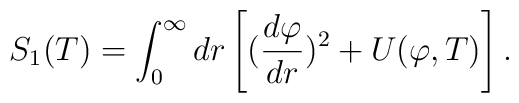
S_1(T) = \int_0^\infty dr \left[ ({d\varphi \over dr})^2 + U(\varphi,T) \right].